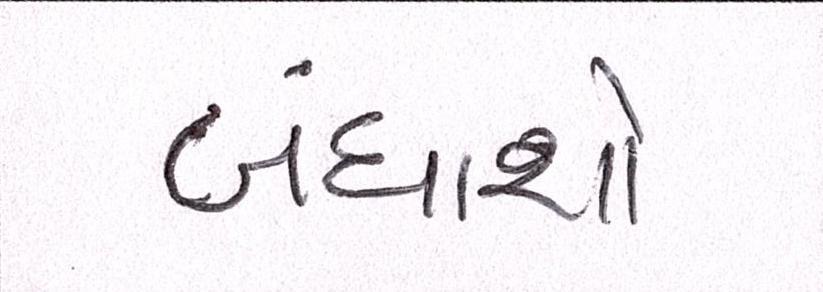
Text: બંધાશો